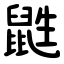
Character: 鼪